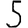
Digit: 5